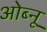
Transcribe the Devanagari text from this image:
ओब्नू